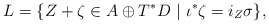
\begin{align*}L = \{ Z + \zeta \in A\oplus T^*D\ |\ \iota^*\zeta = i_Z\sigma\},\end{align*}